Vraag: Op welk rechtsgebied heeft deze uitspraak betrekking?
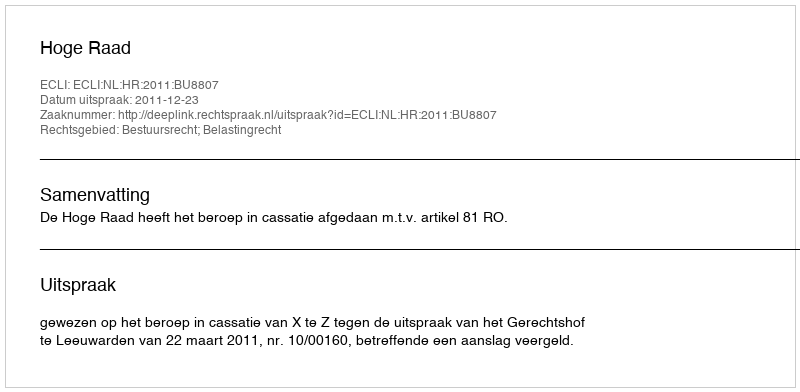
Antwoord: Bestuursrecht; Belastingrecht